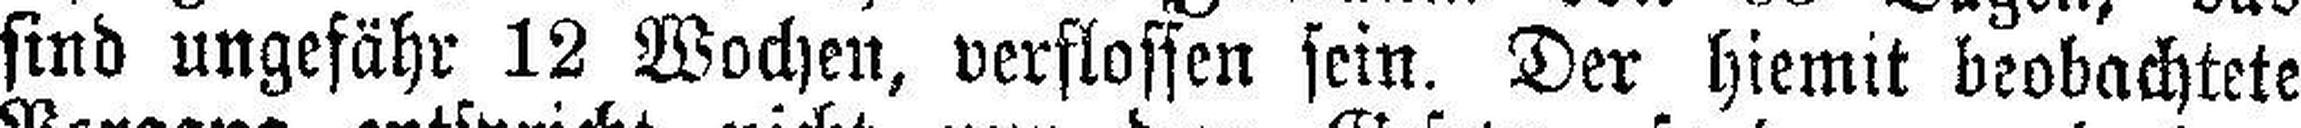
sind ungefähr 12 Wochen, verflossen sein. Der hiemit beobachtete